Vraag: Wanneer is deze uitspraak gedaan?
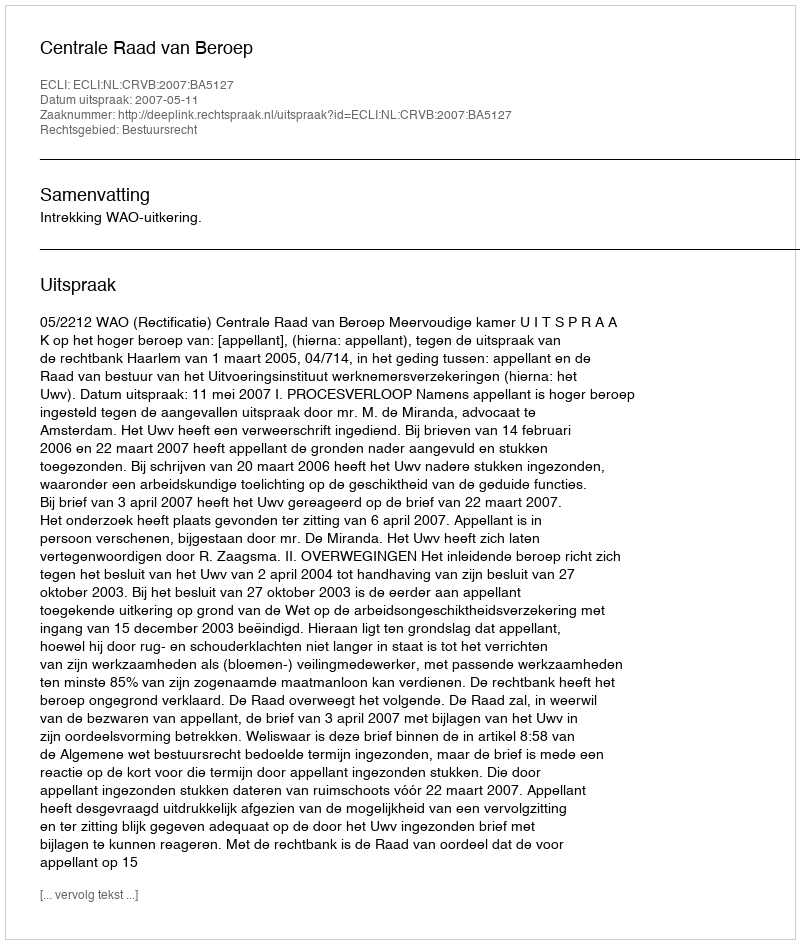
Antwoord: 2007-05-11